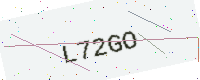
Text: L72GO